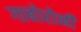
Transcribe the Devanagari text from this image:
गाबोरोनी